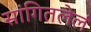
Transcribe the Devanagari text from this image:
सांगितलेलं